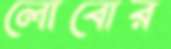
লোবোর